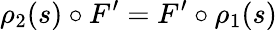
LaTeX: \rho_{2}(s)\circ F^{\prime}=F^{\prime}\circ\rho_{1}(s)